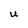
Character: U